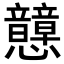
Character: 𢥺